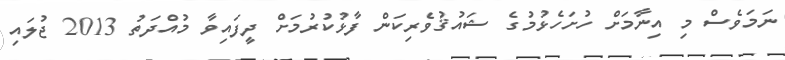
ނަމަވެސް މި އިނާމަށް ހުށަހެޅުމުގެ ޝައުޤުވެރިކަން ފާޅުކުރުމަށް ދީފައިވާ މުއްދަތު 2013 ޖުލައި